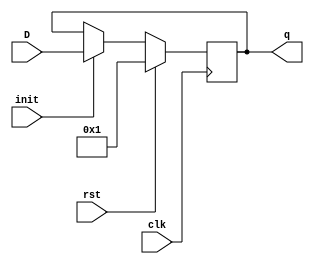
`timescale 1ns / 1ps
//////////////////////////////////////////////////////////////////////////////////
// Company: 
// Engineer: 
// 
// Design Name: 
// Module Name:    reg4 
// Project Name: 
// Target Devices: 
// Tool versions: 
// Description: 
//
// Dependencies: 
//
// Revision: 
// Revision 0.01 - File Created
// Additional Comments: 
//
//////////////////////////////////////////////////////////////////////////////////
module reg4 #(parameter N=8)(
    input [N-1:0] D,
    output [N-1:0] q,
    input init,
    input rst,
    input clk
    );

reg [N-1:0] outreg;

always @(posedge clk)
    if(rst)
        outreg <= 1;
    else if (init)
        outreg <= D;
		  
assign q = outreg;		  
endmodule